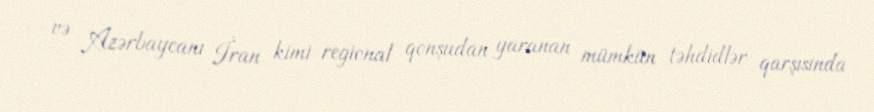
və Azərbaycanı İran kimi regional qonşudan yaranan mümkün təhdidlər qarşısında